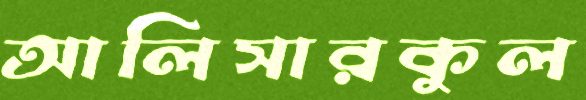
আলিসারকুল